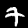
Label: 7